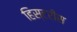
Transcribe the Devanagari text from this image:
हिस्टरीस